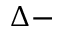
\Delta -